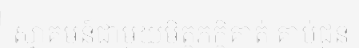
ស្វាគមន៍ជាមួយមិត្តភក្តិគាត់ គាប់ជួន